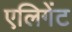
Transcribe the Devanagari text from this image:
एलिगेंट